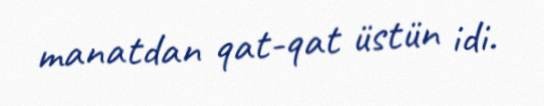
manatdan qat-qat üstün idi.